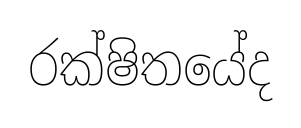
රක්ෂිතයේද